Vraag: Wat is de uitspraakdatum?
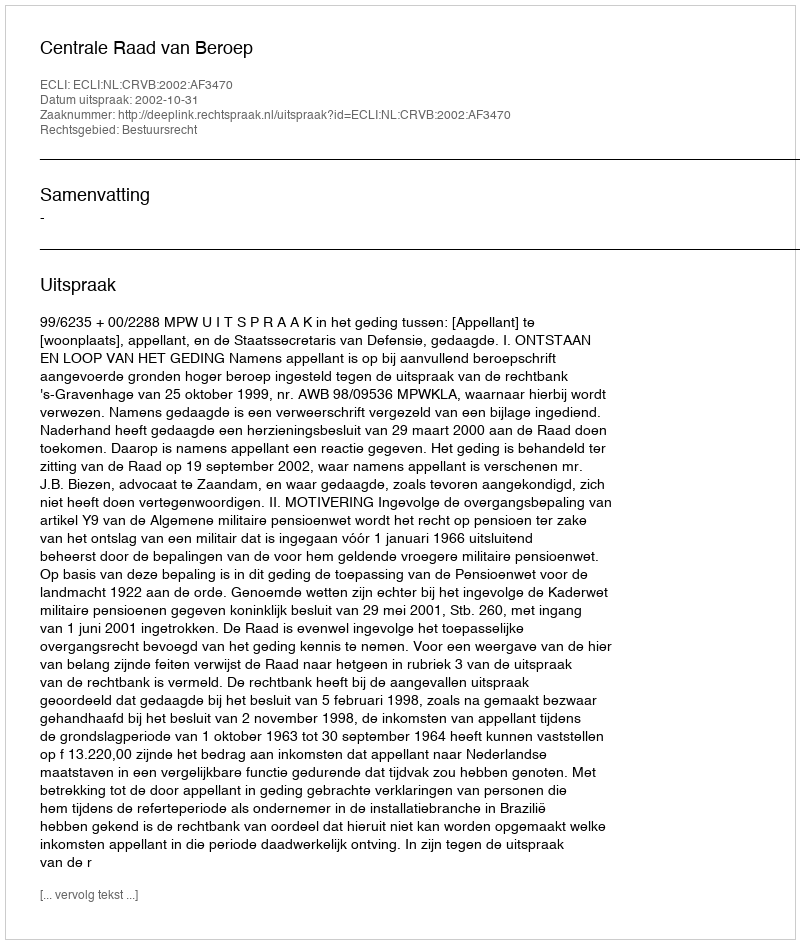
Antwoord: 2002-10-31